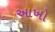
આખો